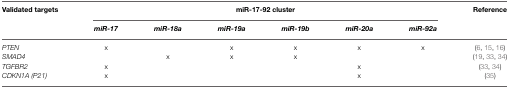
<table><thead><tr><td><b>Validated targets</b></td><td colspan="6"><b>miR-17-92 cluster</b></td><td><b>Reference</b></td></tr><tr><td></td><td><b><i>miR-17</i></b></td><td><b><i>miR-18a</i></b></td><td><b><i>miR-19a</i></b></td><td><b><i>miR-19b</i></b></td><td><b><i>miR-20a</i></b></td><td><b><i>miR-92a</i></b></td><td></td></tr></thead><tbody><tr><td><i>PTEN</i></td><td>x</td><td></td><td>x</td><td>x</td><td>x</td><td>x</td><td>(6, 15, 16)</td></tr><tr><td><i>SMAD4</i></td><td></td><td>x</td><td>x</td><td>x</td><td></td><td></td><td>(19, 33, 34)</td></tr><tr><td><i>TGFBR2</i></td><td>x</td><td></td><td></td><td></td><td>x</td><td></td><td>(33, 34)</td></tr><tr><td><i>CDKN1A (P21)</i></td><td>x</td><td></td><td></td><td></td><td>x</td><td></td><td>(35)</td></tr></tbody></table>